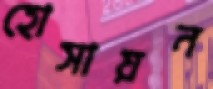
হোসায়ন